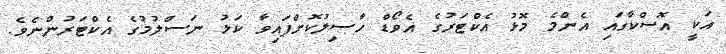
އަކީ އޮސްކާގައި އެންމެ މޮޅު އެކްޓަރުގެ އެވޯޑް ހާސިލުކޮށްފައިވާ ކަޅު ނަސްލުމުގެ އެކްޓަރުންނެވެ.